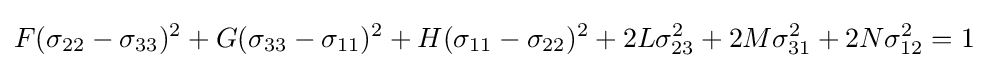
F(\sigma _{22}-\sigma _{33})^{2}+G(\sigma _{33}-\sigma _{11})^{2}+H(\sigma _{11}-\sigma _{22})^{2}+2L\sigma _{23}^{2}+2M\sigma _{31}^{2}+2N\sigma _{12}^{2}=1~